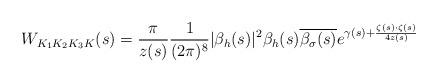
LaTeX: \begin{align*}W_{ K_1K_2 K_3 K}(s) =\frac{\pi}{z(s)}\frac{1}{(2\pi)^8}|\beta_h(s)|^2 \beta_h(s) \overline{\beta_{\sigma }(s)} e^{\gamma(s) + \frac{\zeta(s)\cdot \zeta(s)}{4 z(s)}}\end{align*}